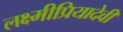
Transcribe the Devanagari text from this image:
लक्ष्मीप्रियादेवी